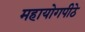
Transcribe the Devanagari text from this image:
महायोगपीठे